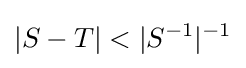
|S-T|<|S^{-1}|^{-1}